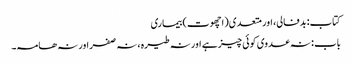
کتاب: بدفالی، اور متعدی(اچھوت) بیماری
باب : نہ عدوی کوئی چیز ہے اور نہ طیرہ ، نہ صفر اور نہ ھامہ۔